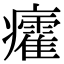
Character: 癨